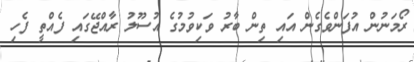
ރޯމަނުން އުފަންވެގެން އައި ތިން ބާރު ވަކިވުމުގެ އުސޫލު ރާއްޖޭގައި ފެއްތީ ފެހި